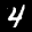
Label: 4